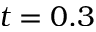
t = 0 . 3